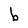
Character: b